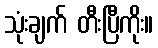
သုံးချက် တီးပြီကိုး။